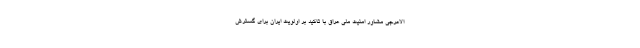
الاعرجی مشاور امنیت ملی عراق با تاکید بر اولویت ایران برای گسترش